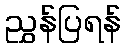
ညွှန်ပြရန်